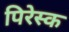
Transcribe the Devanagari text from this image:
पिरेस्क